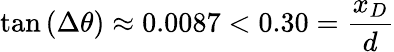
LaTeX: \tan\left(\Delta\theta\right)\approx 0.0087<0.30=\frac{x_{D}}{d}